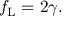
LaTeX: f _ { \mathrm { L } } = 2 \gamma .